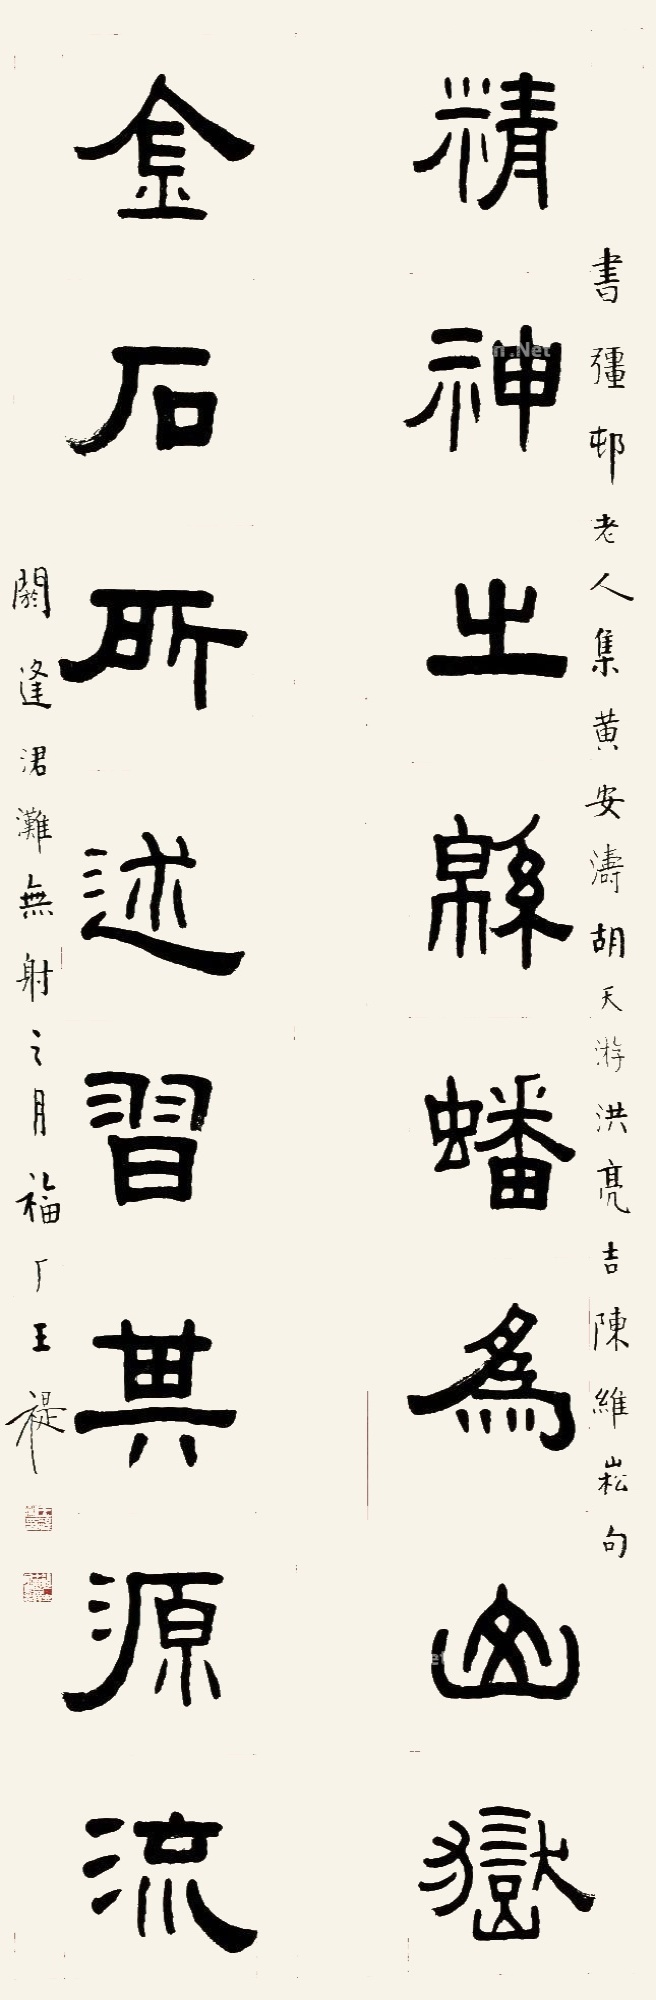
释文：精神之绵，蟠为山岳；金石所述，习其源流。书强邨老人集黄安涛、胡天游、洪亮吉、陈维崧句。阏逢涒滩无射之月。福厂王禔。